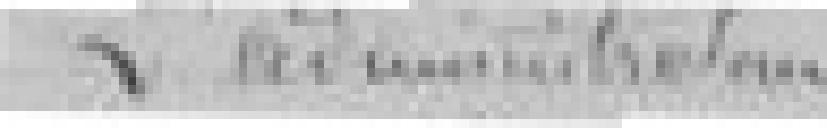
L'administrateur